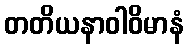
တတိယနာဝါဝိမာနံ